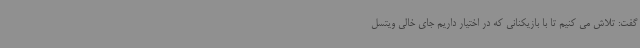
گفت: تلاش می کنیم تا با بازیکنانی که در اختیار داریم جای خالی ویتسل